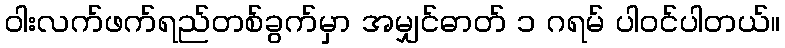
ဝါးလက်ဖက်ရည်တစ်ခွက်မှာ အမျှင်ဓာတ် ၁ ဂရမ် ပါဝင်ပါတယ်။